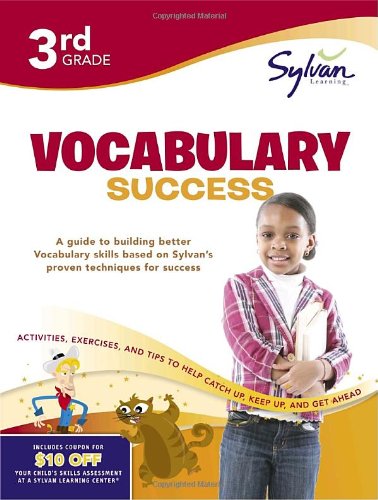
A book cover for Third Grade Vocabulary Success (Sylvan Workbooks) (Language Arts Workbooks); Sylvan Learning; Reference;